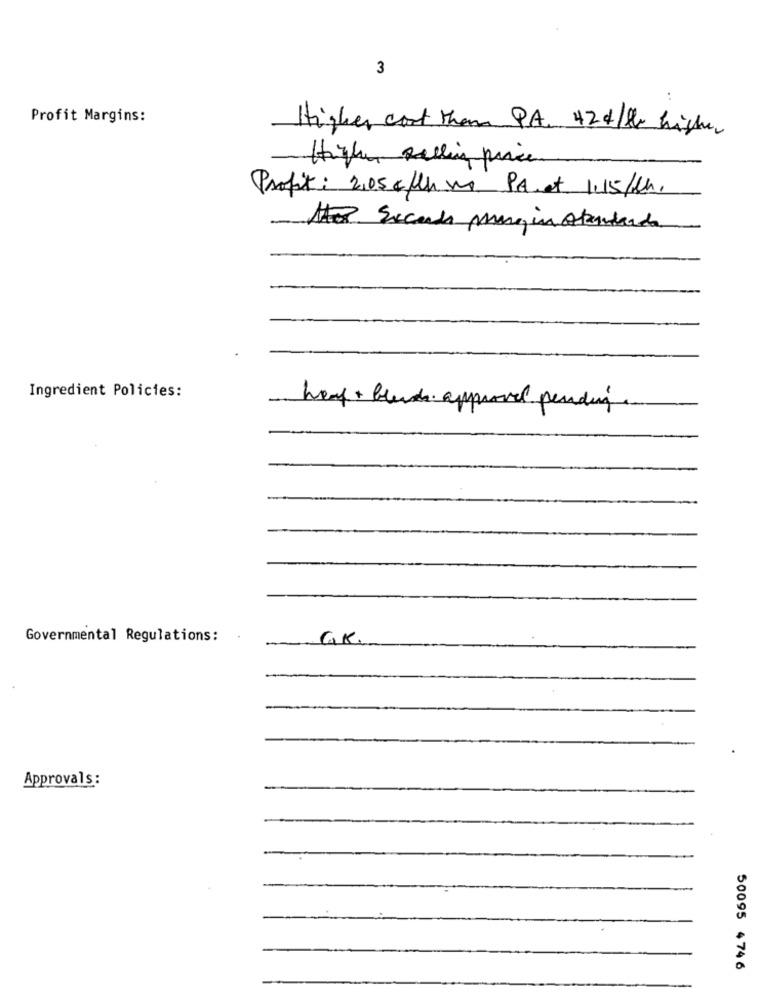
3
Profit Margins:
Higher cost than PA. 424/be higher
Higher selling price
Profit : 2,05 € /h . P.A. at 1.15/th,
Atex Excels margin standards
Ingredient Policies:
heaf + blend approval pending.
Governmental Regulations:
GK
Approvals:
50095 4746